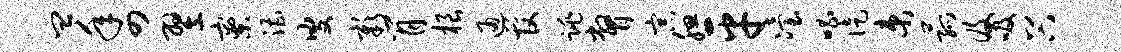
皿年四翌寮漕叟彰肖根通管跳瞥宗腮平冶唱徒束菰及吸谷